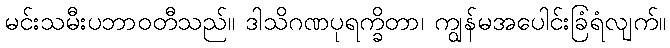
မင်းသမီးပဘာဝတီသည်။ ဒါသိဂဏပုရက္ခိတာ၊ ကျွန်မအပေါင်းခြံရံလျက်။